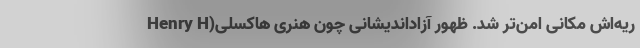
ریه‌اش مکانی امن‌تر شد. ظهور آزاداندیشانی چون هنری هاکسلی(Henry H